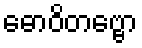
ဓောဝိတဗ္ဗော